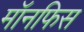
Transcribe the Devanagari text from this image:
मॉनफिस